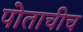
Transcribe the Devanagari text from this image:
पोताचीच